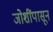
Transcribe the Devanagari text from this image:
जोशींपासून